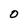
Character: O